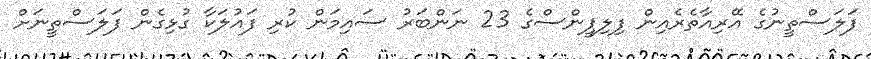
ފަލަސްތީނުގެ އޭރިއާތެރެއިން ފިލިޕީންސްގެ 23 ނަންބަރު ސައިމަން ކުރި ފައުލަކާ ގުޅިގެން ފަލަސްތީނަށް